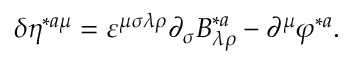
\delta \eta ^ { * a \mu } = \varepsilon ^ { \mu \sigma \lambda \rho } \partial _ { \sigma } B _ { \lambda \rho } ^ { * a } - \partial ^ { \mu } \varphi ^ { * a } .